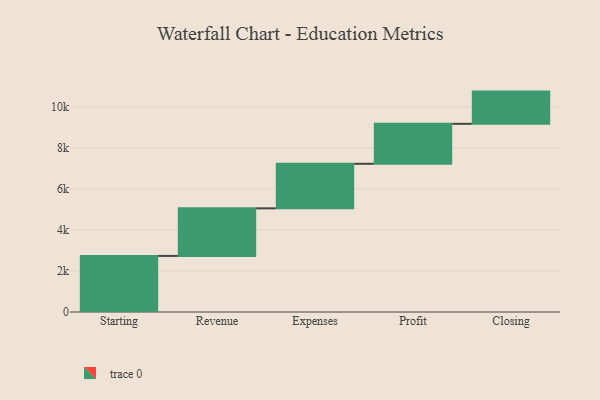
{"axis": {"x": "Step", "y": "Value"}, "legend": [""], "data": [{"x": "Starting", "y": 2734.0, "type": ""}, {"x": "Revenue", "y": 2321.0, "type": ""}, {"x": "Expenses", "y": 2172.0, "type": ""}, {"x": "Profit", "y": 1949.0, "type": ""}, {"x": "Closing", "y": 1571.0, "type": ""}]}